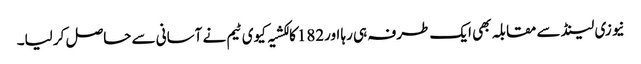
نیوزی لینڈ سے مقابلہ بھی ایک طرفہ ہی رہا اور182کا لکشیہ کیوی ٹیم نے آسانی سے حاصل کر لیا۔